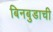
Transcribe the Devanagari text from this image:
बिनबुडाची